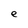
Character: e